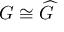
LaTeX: G \cong { \widehat { G } }